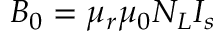
B _ { 0 } = \mu _ { r } \mu _ { 0 } N _ { L } I _ { s }